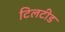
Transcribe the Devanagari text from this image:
टिलटीड